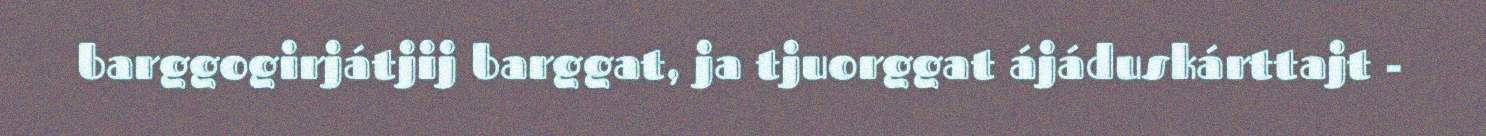
barggogirjátjij barggat, ja tjuorggat ájáduskárttajt -